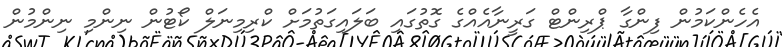
އެހެންކަމުން ފިންގާ ޕްރިންޓް ގަރީނާއެއްގެ ގޮތުގައި ބަލައިގަތުމަށް ކްރިމިނަލް ކޯޓުން ނިންމި ނިންމުން